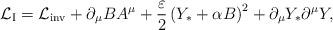
LaTeX: \begin{align*}{\cal L}_{\rm I} = {\cal L}_{\rm inv} + \partial_\mu B A^\mu + {\varepsilon \over 2} \left( Y_* + \alpha B \right)^2 + \partial_\mu Y_* \partial^\mu Y, \\ \end{align*}